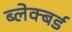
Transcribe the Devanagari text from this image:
ब्लेक्बर्ड